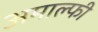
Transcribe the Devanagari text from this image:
अमाल्फी